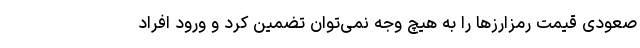
صعودی قیمت رمزارزها را به هیچ وجه نمی‌توان تضمین کرد و ورود افراد